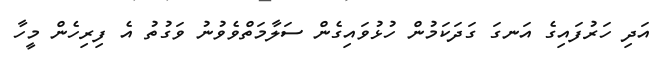
އަދި ހަރުފައިގެ އަނގަ ގަދަކަމުން ހުޅުވައިގެން ސަލާމަތްވެވުނު ވަގުތު އެ ފިރިހެން މީހާ